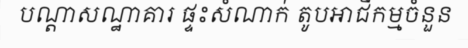
បណ្តាសណ្ឋាគារ ផ្ទះសំណាក់ តូបអាជីកម្មចំនួន